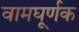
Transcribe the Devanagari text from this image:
वामघूर्णक